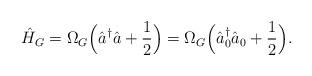
LaTeX: \begin{align*}\hat{H}_G = \Omega_G \Bigl(\hat{a}^{\dagger} \hat{a} +\frac{1}{2} \Bigr) = \Omega_G \Bigl(\hat{a}^{\dagger}_0 \hat{a}_0 +\frac{1}{2} \Bigr).\end{align*}